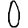
Digit: 0